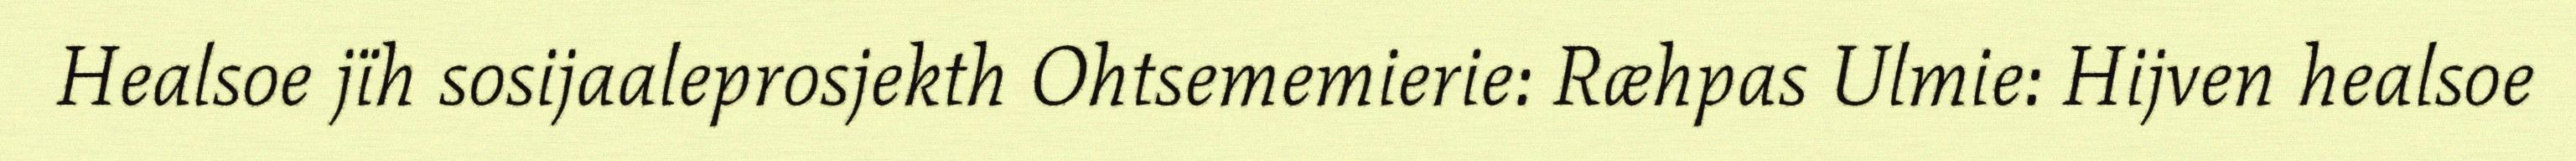
Healsoe jïh sosijaaleprosjekth Ohtsememierie: Ræhpas Ulmie: Hijven healsoe